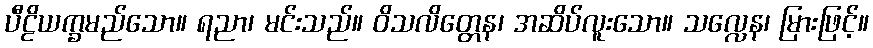
ပီဠိယက္ခမည်သော။ ရညာ၊ မင်းသည်။ ဝိသလိတ္တေန၊ အဆိပ်လူးသော။ သလ္လေန၊ မြားဖြင့်။